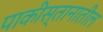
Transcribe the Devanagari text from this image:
पाकीस्तानातील